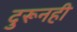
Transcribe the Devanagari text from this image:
दुरूनही